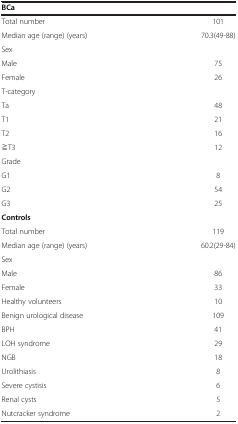
<table><thead><tr><td><b>BCa</b></td><td>[EMPTY_CELL]</td></tr></thead><tbody><tr><td>Total number</td><td>101</td></tr><tr><td>Median age (range) (years)</td><td>70.3(49-88)</td></tr><tr><td>Sex</td><td>[EMPTY_CELL]</td></tr><tr><td>Male</td><td>75</td></tr><tr><td>Female</td><td>26</td></tr><tr><td>T-category</td><td>[EMPTY_CELL]</td></tr><tr><td>Ta</td><td>48</td></tr><tr><td>T1</td><td>21</td></tr><tr><td>T2</td><td>16</td></tr><tr><td>≧T3</td><td>12</td></tr><tr><td>Grade</td><td>[EMPTY_CELL]</td></tr><tr><td>G1</td><td>8</td></tr><tr><td>G2</td><td>54</td></tr><tr><td>G3</td><td>25</td></tr><tr><td><b>Controls</b></td><td>[EMPTY_CELL]</td></tr><tr><td>Total number</td><td>119</td></tr><tr><td>Median age (range) (years)</td><td>60.2(29-84)</td></tr><tr><td>Sex</td><td>[EMPTY_CELL]</td></tr><tr><td>Male</td><td>86</td></tr><tr><td>Female</td><td>33</td></tr><tr><td>Healthy volunteers</td><td>10</td></tr><tr><td>Benign urological disease</td><td>109</td></tr><tr><td>BPH</td><td>41</td></tr><tr><td>LOH syndrome</td><td>29</td></tr><tr><td>NGB</td><td>18</td></tr><tr><td>Urolithiasis</td><td>8</td></tr><tr><td>Severe cystisis</td><td>6</td></tr><tr><td>Renal cysts</td><td>5</td></tr><tr><td>Nutcracker syndrome</td><td>2</td></tr></tbody></table>